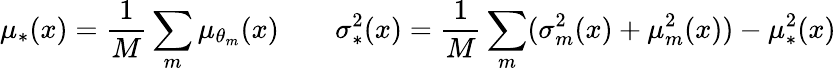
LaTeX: \mu_{*}(x)=\frac{1}{M}\sum_{m}\mu_{\theta_{m}}(x)\quad\quad\sigma_{*}^{2}(x)=\frac{1}{M}\sum_{m}(\sigma_{m}^{2}(x)+\mu_{m}^{2}(x))-\mu_{*}^{2}(x)